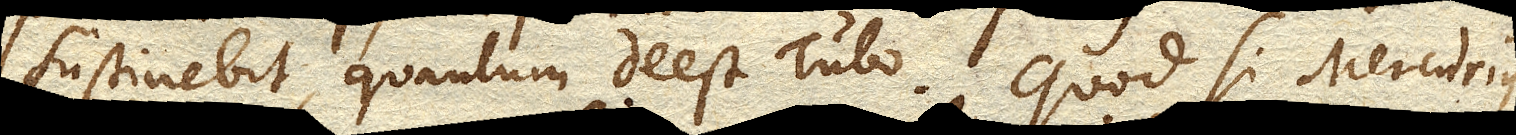
sustinebit, quantum deest Tubo. Quod si Mercurius